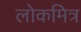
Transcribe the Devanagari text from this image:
लोकमित्र